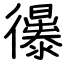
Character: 忁